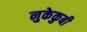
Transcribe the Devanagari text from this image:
नुकेकुबी